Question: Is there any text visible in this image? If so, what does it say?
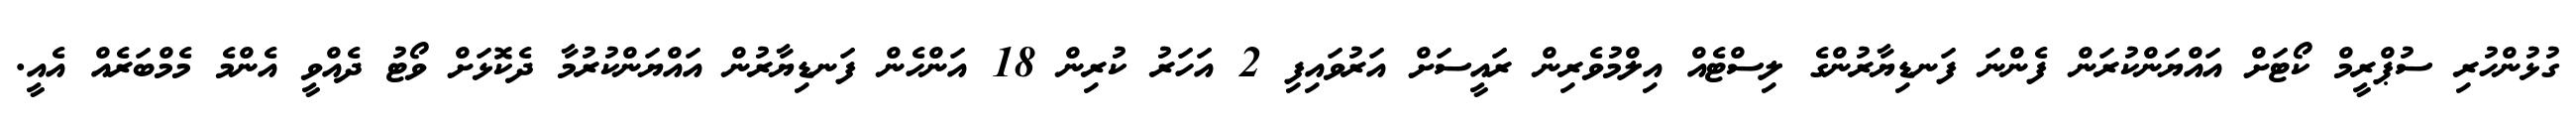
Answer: ގުޅުންހުރި ސުޕްރީމް ކޯޓަށް އައްޔަންކުރަން ފެންނަ ފަނޑިޔާރުންގެ ލިސްޓެއް އިލްމުވެރިން ރައީސަށް އަރުވައިފި 2 އަހަރު ކުރިން 18 އަންހެން ފަނޑިޔާރުން އައްޔަންކުރުމާ ދެކޮޅަށް ވޯޓު ދެއްވީ އެންމެ މެމްބަރެއް އެއީ.